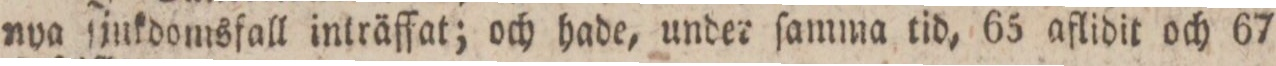
nya ſjukdomsfall inträffat; och hade, under ſamma tid, 65 aflidit och 67